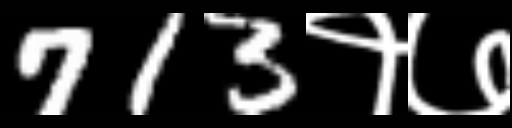
Text: 713१७